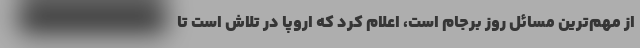
از مهم‌ترین مسائل روز برجام‌ است، اعلام کرد که اروپا در تلاش است تا